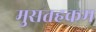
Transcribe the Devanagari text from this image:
मुसतहकम